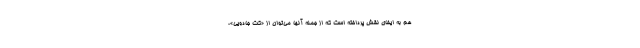
هم به ایفای نقش پرداخته است که از جمله آنها می‌توان از «کت جادویی»،